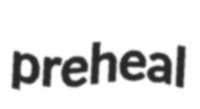
preheal